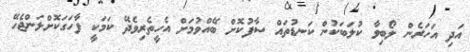
އަދި އަހަރެން ލޯބިވާ ކުލަބަކުން ކަނޑުތައް ސާފުކޮށް ބޭއްވުމަށް އެހީތެރިވެދޭ ކަމަކީ ފާހަގަކޮށްލަންޖެހޭ